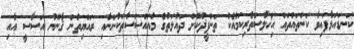
ކަނޑައަޅާފައިވާ ކަންތައްތައް އިޚްލާސްތެރިކަމާއެކު ތަންފީޛުކޮށް ދައުލަތުގެ މުއައްސަސާތަކުންނާއި ރައްޔިތުން ޤާނޫނު އަސާސީ އާއި